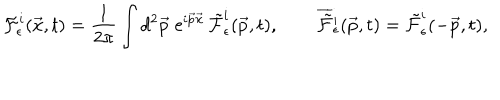
LaTeX: { \cal F } _ { \epsilon } ^ { i } ( \vec { x } , t ) = \frac { 1 } { 2 \pi } \int d ^ { 2 } \vec { p } \; \mathrm { e } ^ { i \vec { p } \vec { x } } \, \tilde { \cal F } _ { \epsilon } ^ { i } ( \vec { p } , t ) , \qquad \overline { { { \tilde { \cal F } } } } { } _ { \epsilon } ^ { i } ( \vec { p } , t ) = \tilde { \cal F } _ { \epsilon } ^ { i } ( - \vec { p } , t ) ,